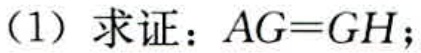
(1) 求证：\(AG = GH\)；